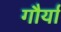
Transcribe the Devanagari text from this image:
गौर्या